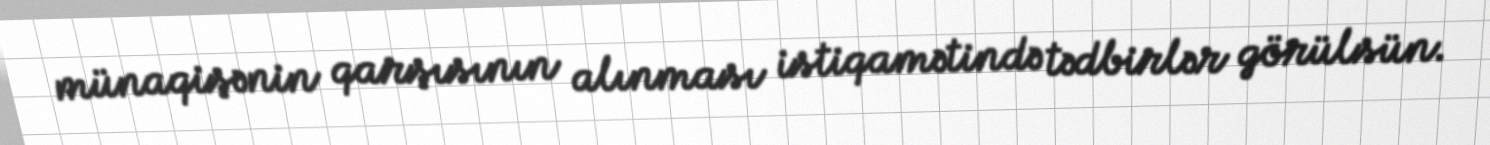
münaqişənin qarşısının alınması istiqamətində tədbirlər görülsün.